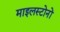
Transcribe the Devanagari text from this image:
माइलस्टोनों